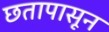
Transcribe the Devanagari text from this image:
छतापासून